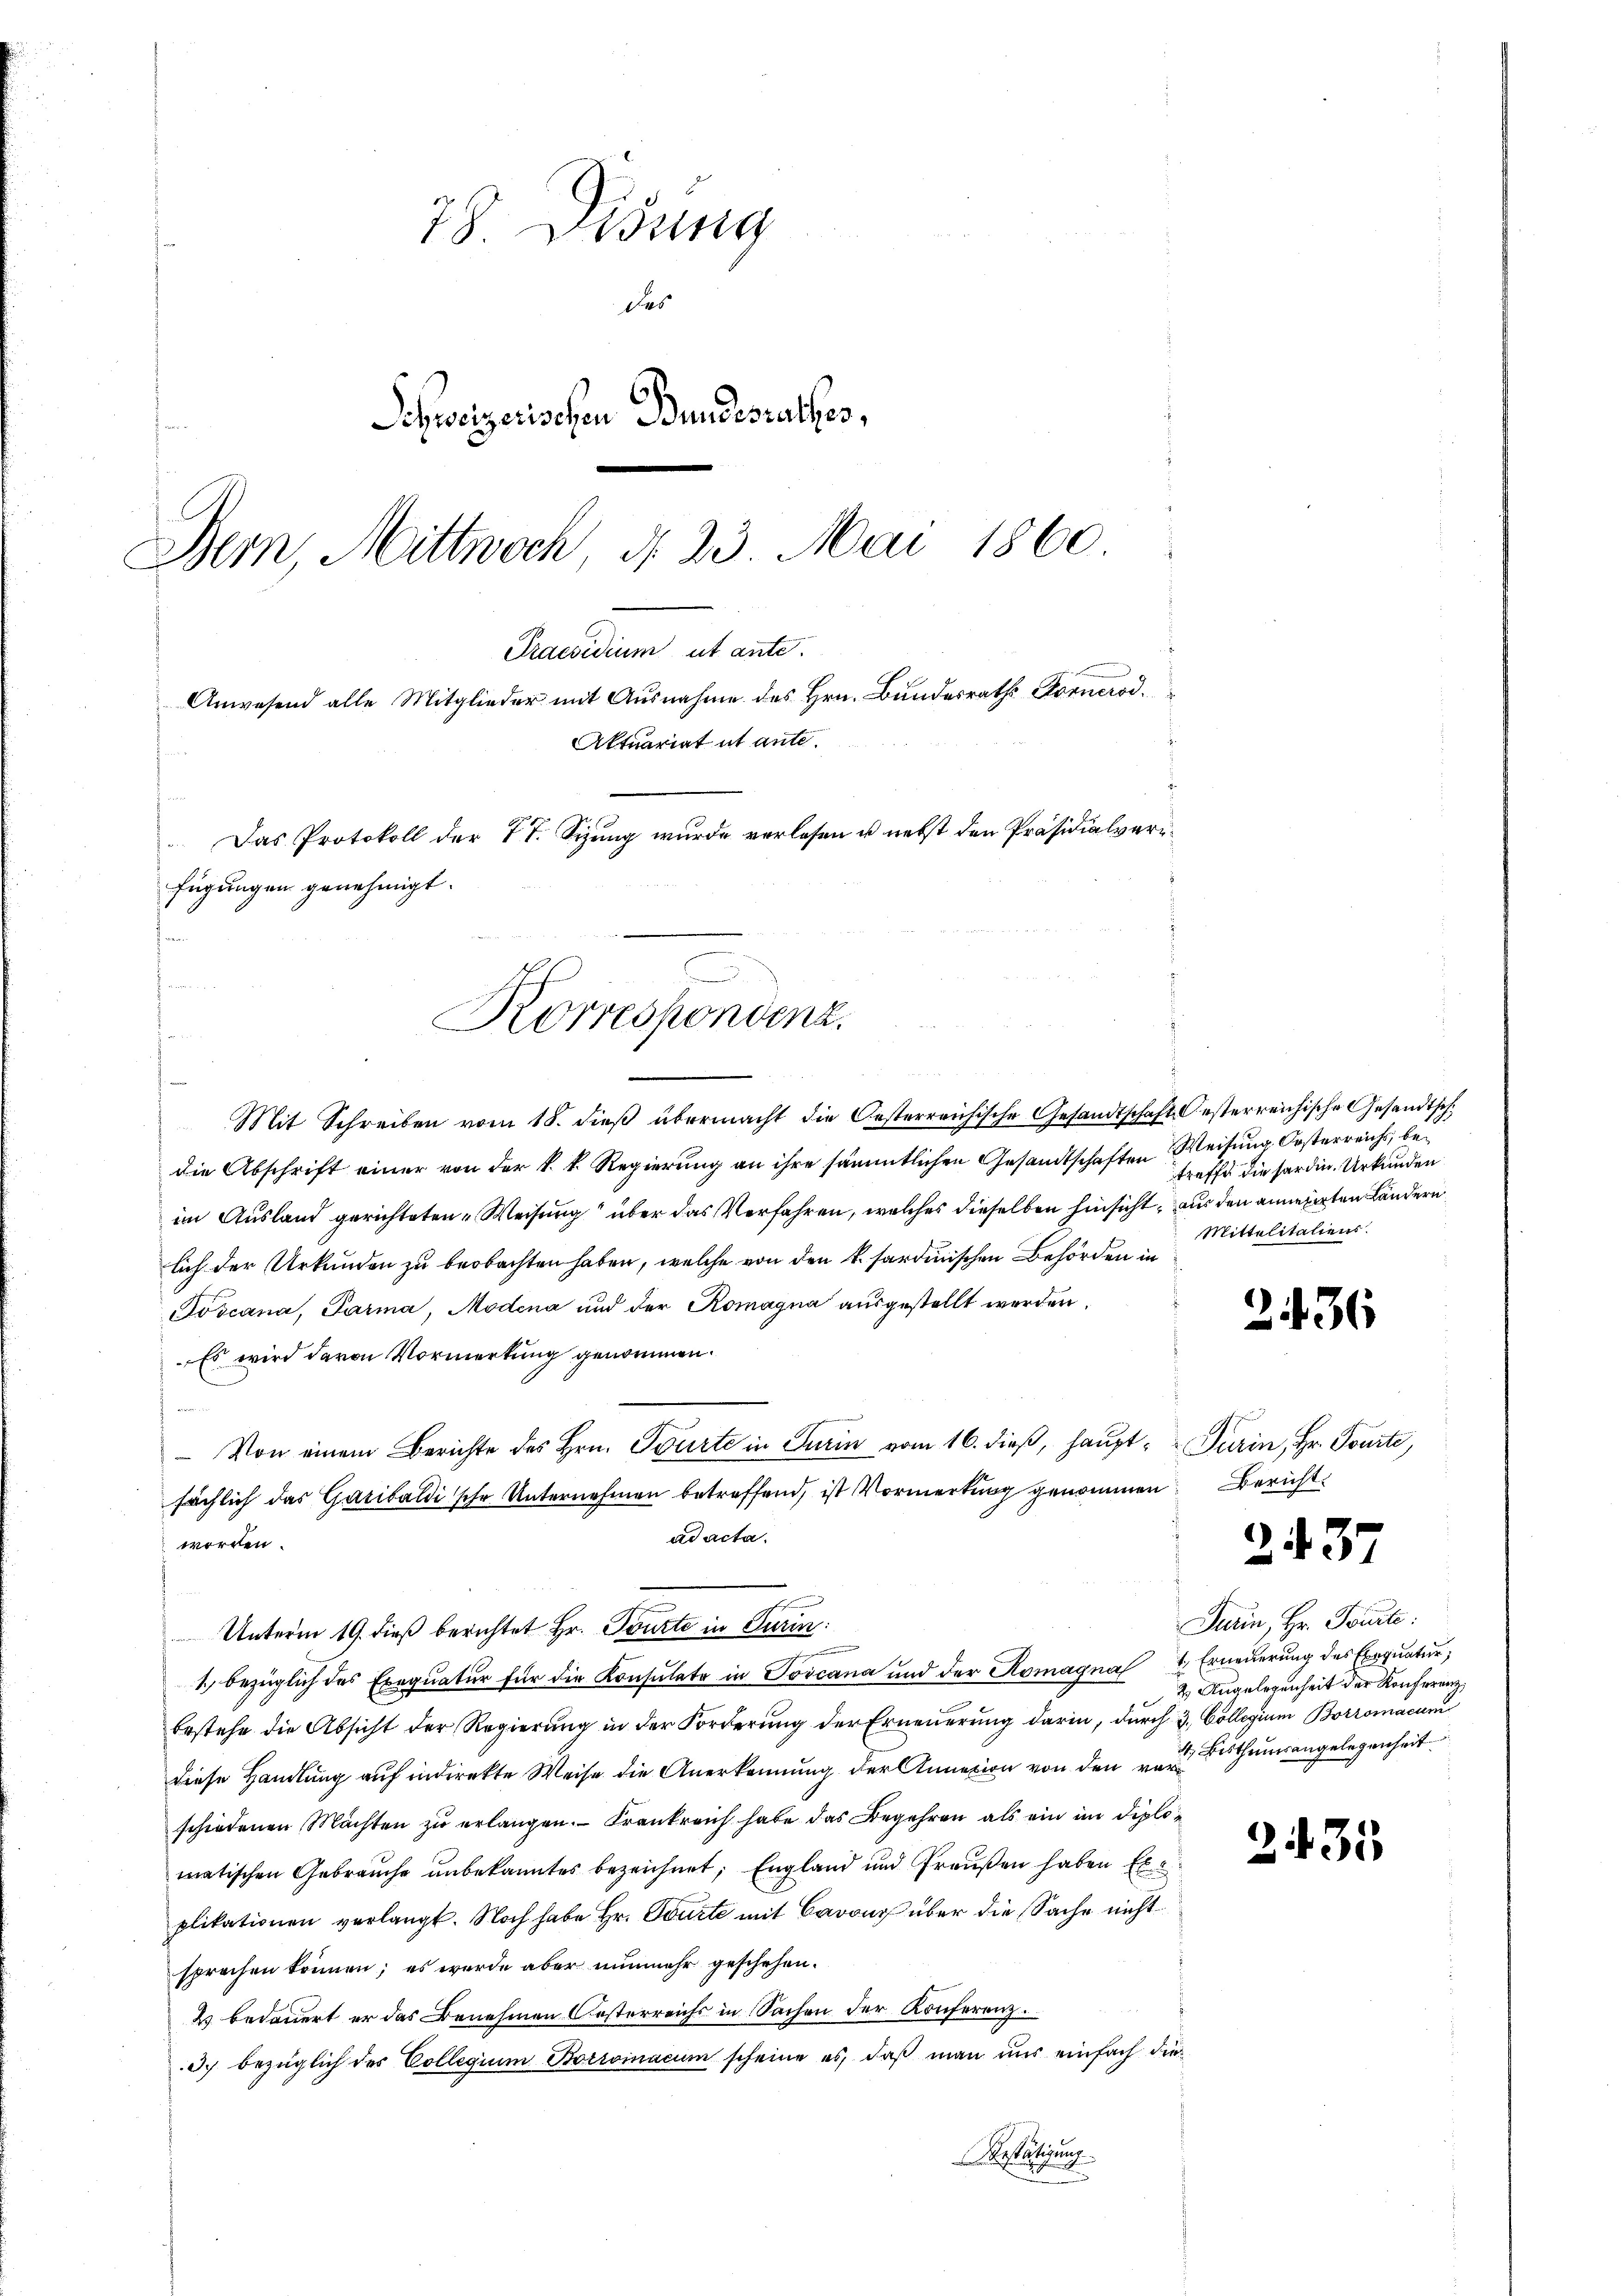
78. Didung
das
Schweizerischen Bundesrathes,
Bern, Mittwoch, d. 23. Mai 1860.

Praesidium ut ante.
Anwesend alle Mitglieder mit Ausnahme des Hrn. Bundesrath Hornerod
Aktuariat et ante
t
Das Protokoll der 77. Sizung wurde verlesen u. nebst den Präsidialverfügungen genehmigt.
.
Korrespondenz.

Mit Schreiben vom 18. dieβ übermacht die Oesterreichische Gesandtschaft Oesterreichische Gesandtsch
die Abschrift einer von der k. k. Regierung an ihre sämmtlichen Gesandtschaften Weisung Oesterreichs, beim Ausland gerichteten Weisung über das Verfahren, welches dieselben hinsicht, aus den annerten Ländern
lich der Urkunden zu beobachten haben, welche von den 4. sardinischen Behörden in
Toscana, Parma, Modena und der Romagna ausgestellt werden.
Es wird davon Vormerkung genommen.
n
 Von einem Berichte des Hrn. Tourte in Turin vom 16. dieß, haupt-Turin, Hr. Tourte,
sächlich das Garibaldi sehr Unternehmen betreffend, ist Vormerkung genommen
ad acta.
worden.
Unterm 19. dieß berichtet Hr. Tourte in Turin:
1. bezüglich des Exequatur für die Konsulato in Toscana und der Romagna & Erneuerung des Exequatur,
bestehe die Absicht der Regierung in der Forderŭng der Erneŭerŭng darin, durch 3. Collegium Borromacun
diese Handlung auf indirekte Weise die Anerkennung der Annexion von den von Berthumsangelegenheit
schiedenen Mächten zu erlangen. Frankreich habe das Begehren als ein im Diplomatischen Gebrauche unbekanntes bezeichnet, England und Fraußen haben Exe
plikationen verlangt. Noch habe Hr. Tourte mit Cavour über die Sache nicht
sprochen können; es wurde aber nunmehr geschehen.
2 bedauert er das Benehmen Kosterreichs in Sachen der Konferenz.
3. bezüglich des Collegium Borroinacum scheine es, daß man uns einfach die¬
Bestätigung

treffe die sardin. Urkunden
Mittelitaliens.

2436

Bericht.

237

Turin, Hr. Toute
2 Angelegenheit der Konferenz,

2135